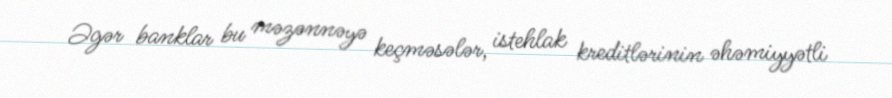
Əgər banklar bu məzənnəyə keçməsələr, istehlak kreditlərinin əhəmiyyətli